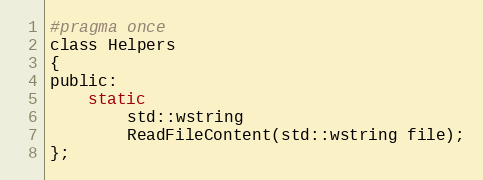
Language: C
#pragma once
class Helpers
{
public:
    static
        std::wstring
        ReadFileContent(std::wstring file);
};